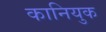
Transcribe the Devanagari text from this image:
कानियुक